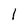
Character: 1